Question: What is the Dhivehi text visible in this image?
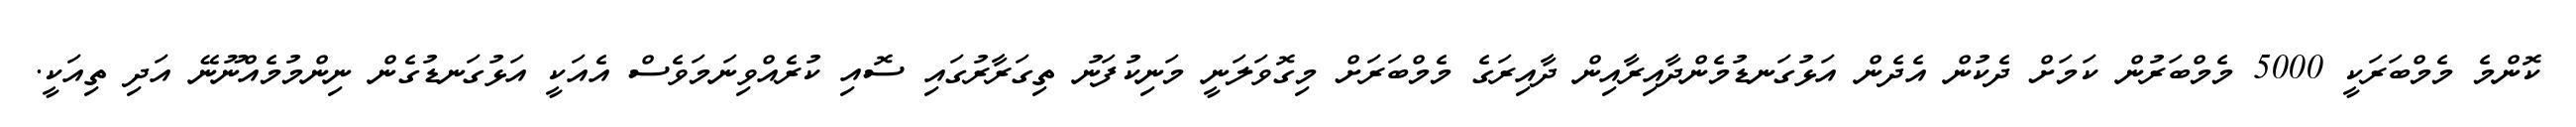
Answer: ކޮންމެ މެމްބަރަކީ 5000 މެމްބަރުން ކަމަށް ދެކުން އެދެން އަޅުގަނޑުމެންދާއިރާއިން ދާއިރަގެ މެމްބަރަށް މިގޮވަލަނީ މަނިކުފަނު ތިގަރާރުގައި ސޮއި ކުރެއްވިނަމަވެސް އެއަކީ އަޅުގަނޑުގެން ނިންމުމެއްނޫނޭ އަދި ތިއަކީ.